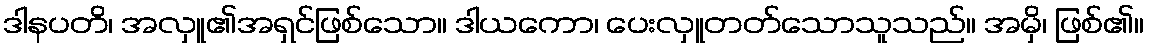
ဒါနပတိ၊ အလှူ၏အရှင်ဖြစ်သော။ ဒါယကော၊ ပေးလှူတတ်သောသူသည်။ အမှိ၊ ဖြစ်၏။